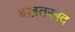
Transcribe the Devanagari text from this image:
बख़तरबंद